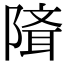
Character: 𨻕